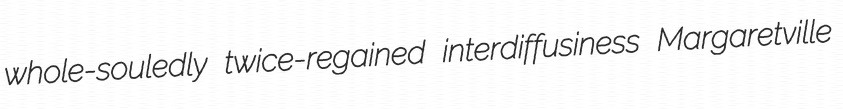
whole-souledly twice-regained interdiffusiness Margaretville